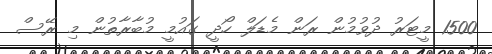
1500 މީޓަރު ދުވުމުން ރަން މެޑަލް ހޯދީ ގައުމީ މުބާރާތުން މި ރޭސް